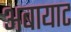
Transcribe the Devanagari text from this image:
अबायाट